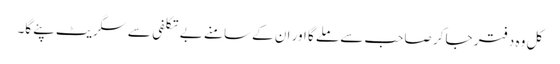
کل وہ دفتر جا کر صاحب سے ملے گا اور ان کے سامنے بے تکلفی سے سگریٹ پئے گا۔